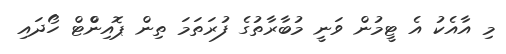
މި އާއެކު އެ ޓީމުން ވަނީ މުބާރާތުގެ ފުރަތަމަ ތިން ޕޮއިންްޓް ހޯދައި